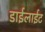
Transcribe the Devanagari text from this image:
डाईलाईट